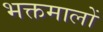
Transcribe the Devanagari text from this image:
भक्तमालों